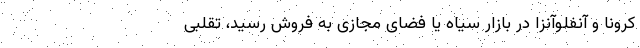
کرونا و آنفلوآنزا در بازار سیاه یا فضای مجازی به فروش رسید، تقلبی